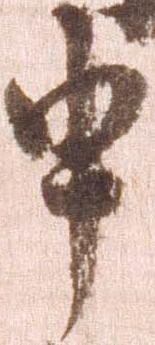
申